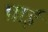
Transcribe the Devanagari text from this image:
प्राई